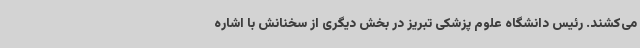
می‌کشند. رئیس دانشگاه علوم پزشکی تبریز در بخش دیگری از سخنانش با اشاره